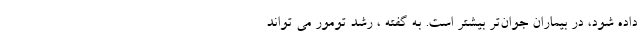
داده شود، در بیماران جوان‌تر بیشتر است. به گفته ، رشد تومور می تواند